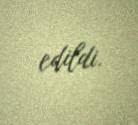
edildi.